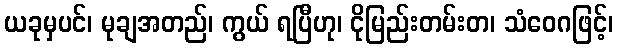
ယခုမှပင်၊ မုချအတည်၊ ကွယ် ရပြီဟု၊ ငိုမြည်းတမ်းတ၊ သံဝေဂဖြင့်၊